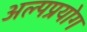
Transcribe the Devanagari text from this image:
अल्पप्रयोग